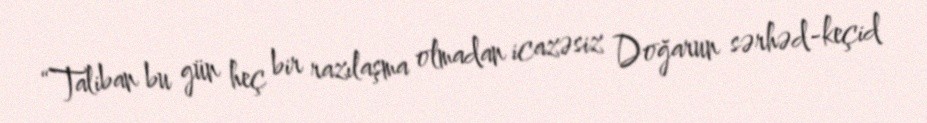
“Taliban bu gün heç bir razılaşma olmadan icazəsiz Doğarun sərhəd-keçid